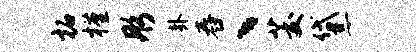
柘槿彤卦舂丶茭黛